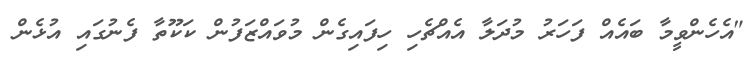
"އެހެންވީމާ ބައެއް ފަހަރު މުދަލާ އެއްޗެހި ހިފައިގެން މުވައްޒަފުން ކަކޫތާ ފެނުގައި އުޅެން